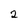
Character: 2